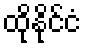
ထိုနိုင်ငံ